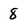
Character: 8